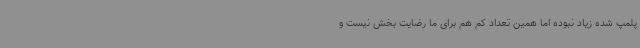
پلمپ شده زیاد نبوده اما همین تعداد کم هم برای ما رضایت بخش نیست و